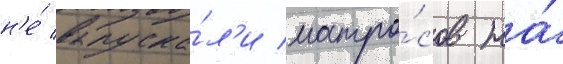
н'е́ выпуска́л'и матро́сов на́